Tezpur Lunatic Asylum reports 1895-1904 - 1895-1904
Year: 1895
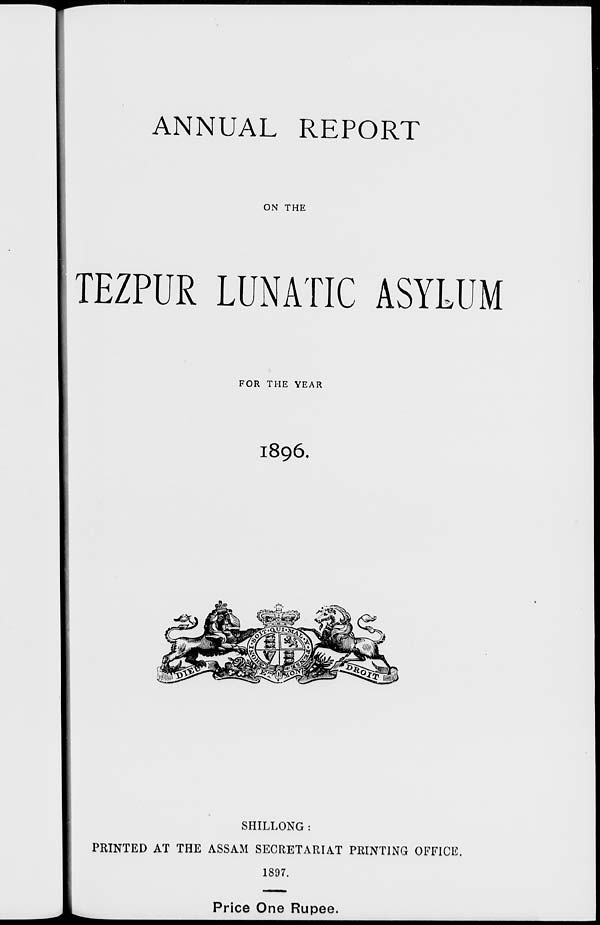
ANNUAL REPORT
ON THE
TEZPUR LUNATIC ASYLUM
FOR THE YEAR
1896,
SHILLONG:
PRINTED AT THE ASSAM SECRETARIAT PRINTING OFFICE.
1897.
Price One Rupee.